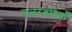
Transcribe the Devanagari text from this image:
नजरबंदियाँ